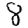
Digit: 8